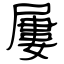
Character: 屢